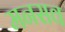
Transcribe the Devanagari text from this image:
मनसव